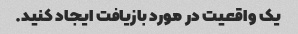
یک واقعیت در مورد بازیافت ایجاد کنید.